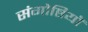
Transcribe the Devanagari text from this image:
संगोष्ठियॉ